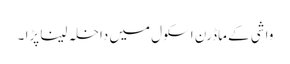
واشی کے ماڈرن اسکول میں داخلہ لینا پڑا ۔